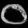
Digit: ၀